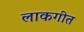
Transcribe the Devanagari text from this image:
लाकगीत